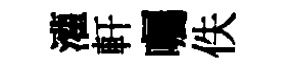
灌軒囑佚